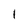
Character: l